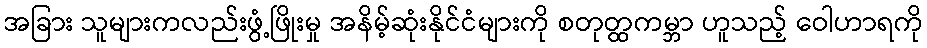
အခြား သူများကလည်းဖွံ့ဖြိုးမှု အနိမ့်ဆုံးနိုင်ငံများကို စတုတ္ထကမ္ဘာ ဟူသည့် ဝေါဟာရကို